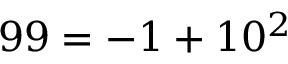
9 9 = - 1 + 1 0 ^ { 2 }